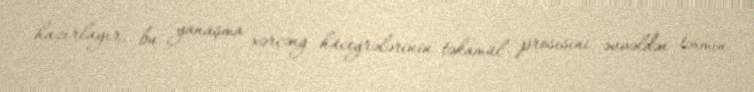
hazırlayır, bu yanaşma xərçəng hüceyrələrinin təkamül prosesini əvvəldən təxmin